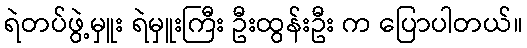
ရဲတပ်ဖွဲ့မှူး ရဲမှူးကြီး ဦးထွန်းဦး က ပြောပါတယ်။